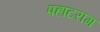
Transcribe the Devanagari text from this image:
पहाटराग